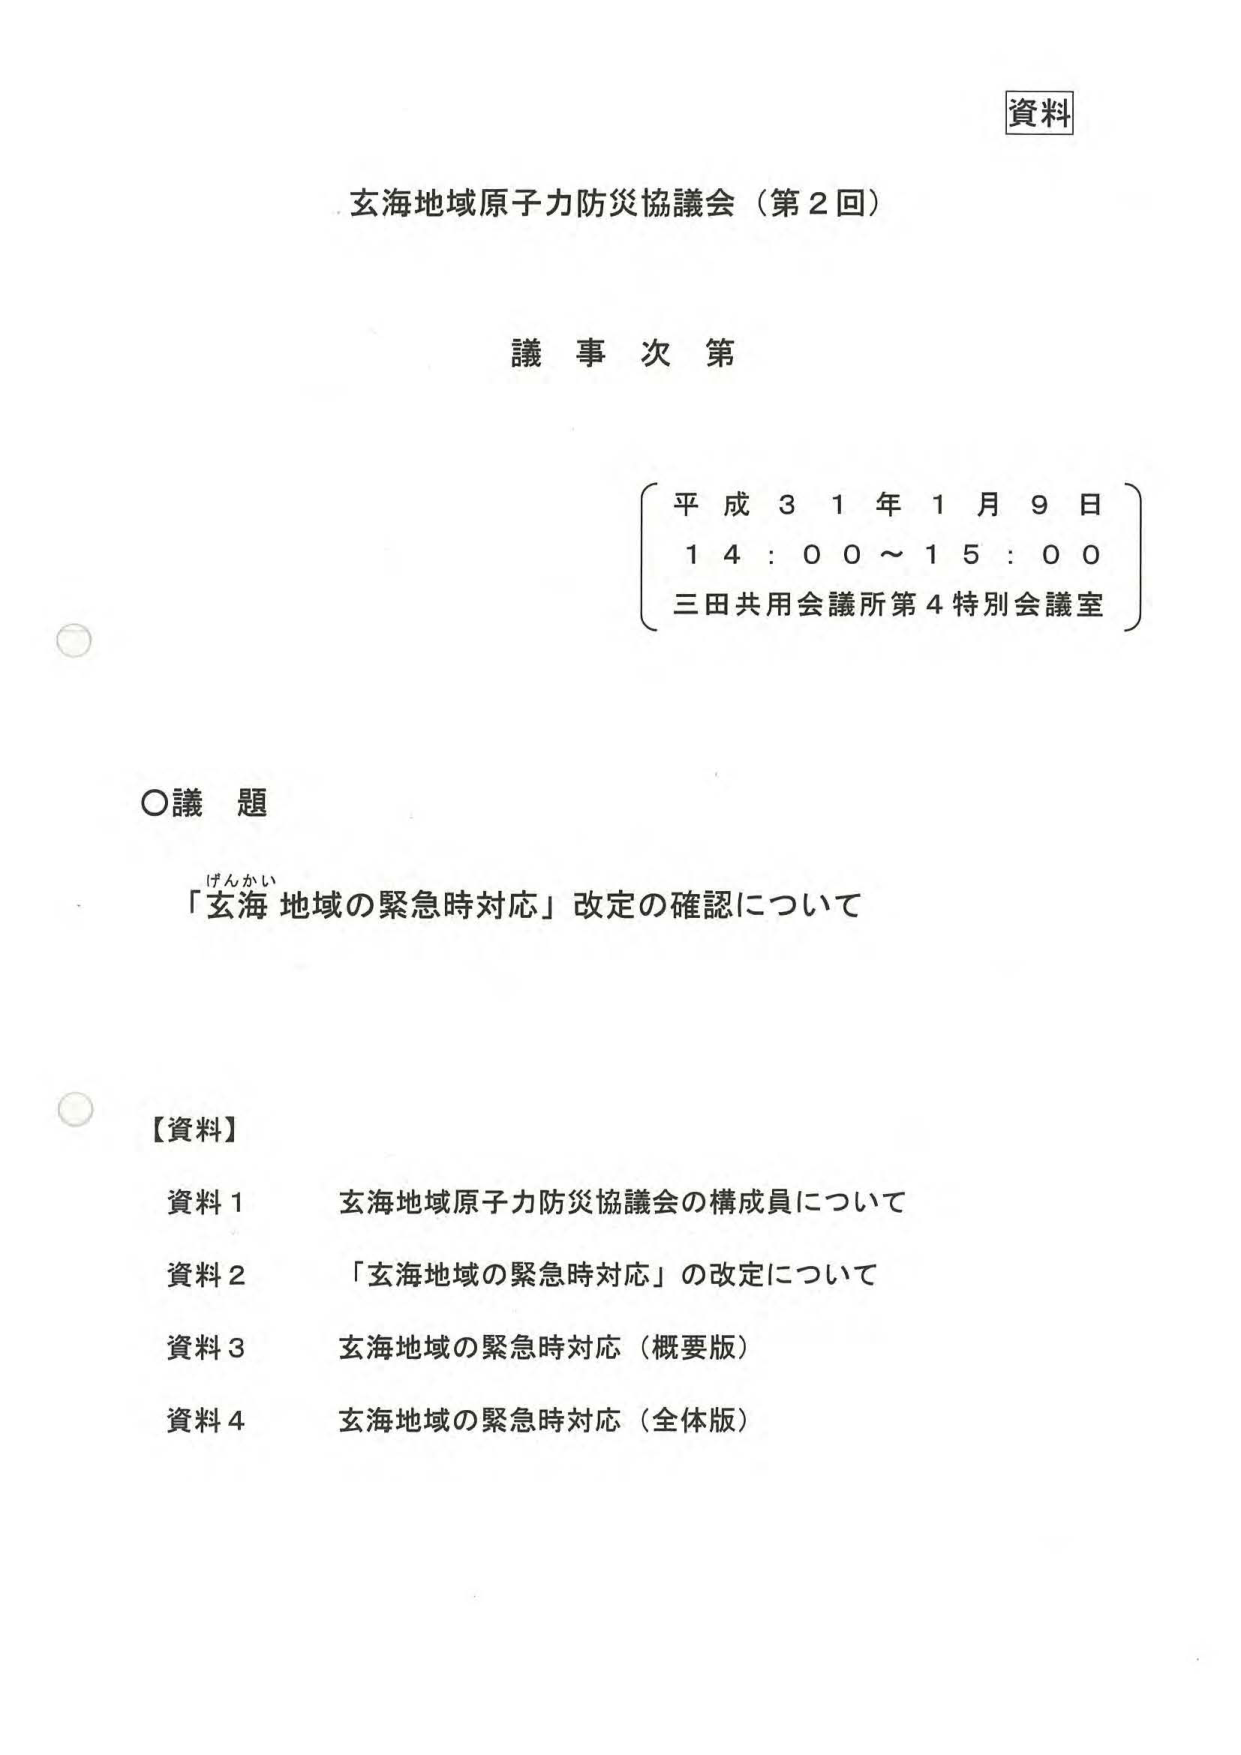
資料
玄海地域原子力防災協議会（第2回）
議事次第
平成31年1月9日
14:00～15:00
三田共用会議所第4特別会議室
○議題
げんかい
「玄海地域の緊急時対応」改定の確認について
【資料】
資料1　玄海地域原子力防災協議会の構成員について
資料2　「玄海地域の緊急時対応」の改定について
資料3　玄海地域の緊急時対応（概要版）
資料4　玄海地域の緊急時対応（全体版）